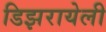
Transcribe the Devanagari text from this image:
डिझरायेली